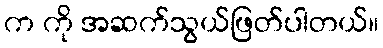
က ကို အဆက်သွယ်ဖြတ်ပါတယ်။